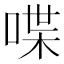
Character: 喋